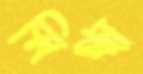
স্নিগ্ধা